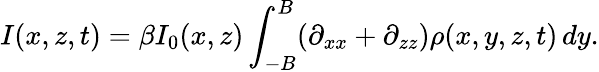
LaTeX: I(x,z,t)=\beta I_{0}(x,z)\int_{-B}^{B}(\partial_{xx}+\partial_{zz})\rho(x,y,z,t)\, dy.